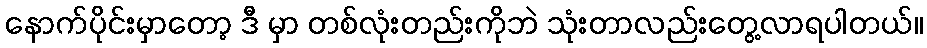
နောက်ပိုင်းမှာတော့ ဒီ မှာ တစ်လုံးတည်းကိုဘဲ သုံးတာလည်းတွေ့လာရပါတယ်။